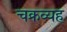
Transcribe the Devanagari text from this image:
चक्रव्यह